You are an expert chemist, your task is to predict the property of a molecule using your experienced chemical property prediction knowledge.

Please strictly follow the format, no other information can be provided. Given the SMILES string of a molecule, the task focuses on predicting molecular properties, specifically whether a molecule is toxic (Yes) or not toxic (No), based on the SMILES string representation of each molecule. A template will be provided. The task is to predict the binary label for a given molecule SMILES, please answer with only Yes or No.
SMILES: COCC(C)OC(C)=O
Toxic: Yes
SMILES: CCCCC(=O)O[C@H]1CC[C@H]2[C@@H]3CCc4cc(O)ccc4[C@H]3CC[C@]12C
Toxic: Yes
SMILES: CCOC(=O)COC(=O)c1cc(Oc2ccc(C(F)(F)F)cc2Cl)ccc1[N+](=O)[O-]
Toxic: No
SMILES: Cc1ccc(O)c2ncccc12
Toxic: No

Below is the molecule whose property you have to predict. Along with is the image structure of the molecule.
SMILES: CC(=O)c1ccccn1
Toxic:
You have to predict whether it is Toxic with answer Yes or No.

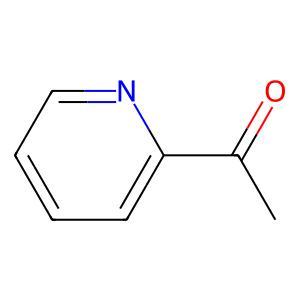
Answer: No